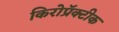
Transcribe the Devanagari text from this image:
किरोप्रॅक्टीक